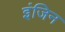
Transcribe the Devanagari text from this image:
इंजिन